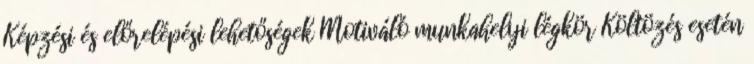
Képzési és előrelépési lehetőségek Motiváló munkahelyi légkör Költözés esetén